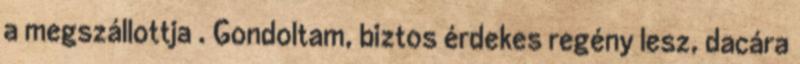
a megszállottja . Gondoltam, biztos érdekes regény lesz, dacára